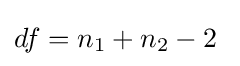
df=n_{1}+n_{2}-2\